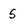
Character: 5